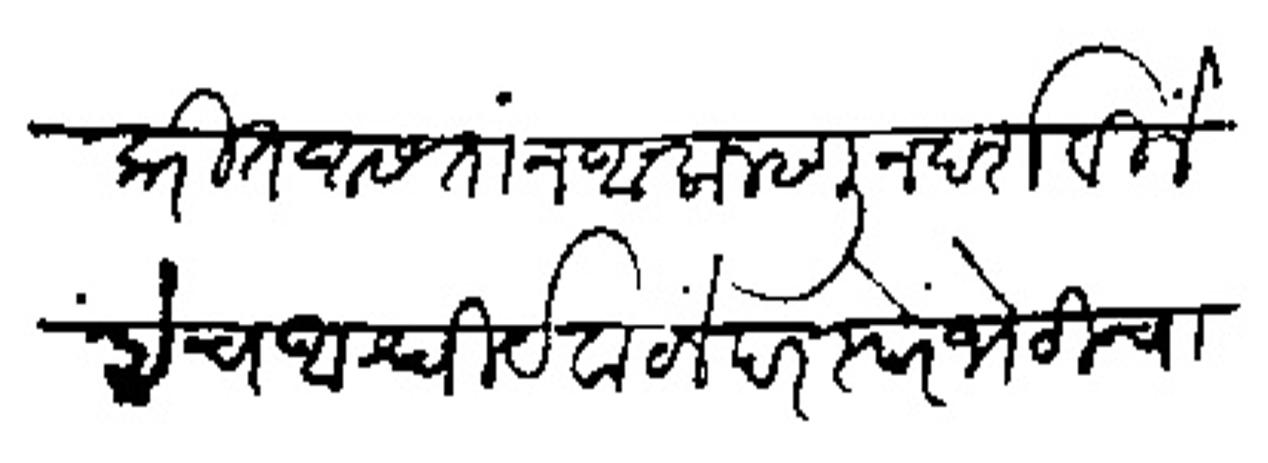
Transliteration (Devanagari): करीत आसतां न आला म्हणून दशविलें हेंच आश्चिर्य वाटलें परस्परे भेटीचा